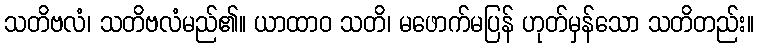
သတိဗလံ၊ သတိဗလံမည်၏။ ယာထာဝ သတိ၊ မဖောက်မပြန် ဟုတ်မှန်သော သတိတည်း။